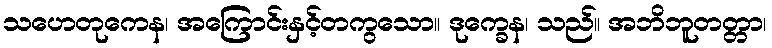
သဟေတုကေန၊ အကြောင်းနှင့်တကွသော။ ဒုက္ခေန၊ သည်။ အဘိဘူတတ္တာ၊